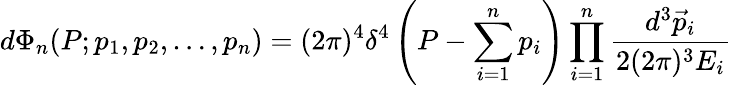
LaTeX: d\Phi_{n}(P;p_{1},p_{2},\dots,p_{n})=(2\pi)^{4}\delta^{4}\left(P-\sum_{i=1}^{n}p_{i}\right)\prod_{i=1}^{n}{\frac{d^{3}{\vec{p}}_{i}}{2(2\pi)^{3}E_{i}}}